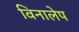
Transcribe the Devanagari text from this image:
विनालेप